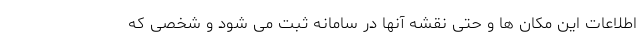
اطلاعات این مکان ها و حتی نقشه آنها در سامانه ثبت می شود و شخصی که